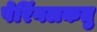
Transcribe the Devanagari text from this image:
पेरिंगलकतु